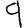
Digit: 9